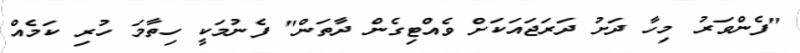
"ފެންވަރު މިހާ ދަށު ދަރަޖައަކަށް ވެއްޓިގެން ދާތަން" ފެނުމަކީ ހިތާމަ ހުރި ކަމެއް